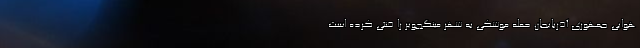
هوایی جمهوری آذربایجان حمله موشکی به شهر مینگچویر را خنثی کرده است